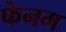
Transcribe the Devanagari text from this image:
फेनम